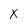
Character: X